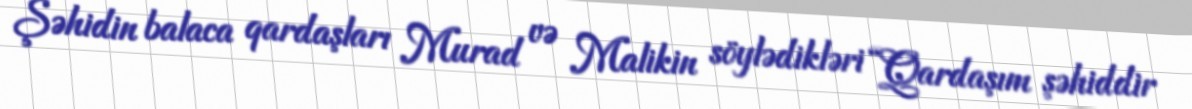
Şəhidin balaca qardaşları Murad və Malikin söylədikləri “Qardaşım şəhiddir